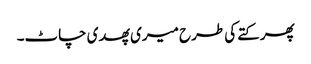
پھر کتے کی طرح میری پھدی چاٹ۔